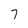
Character: 7